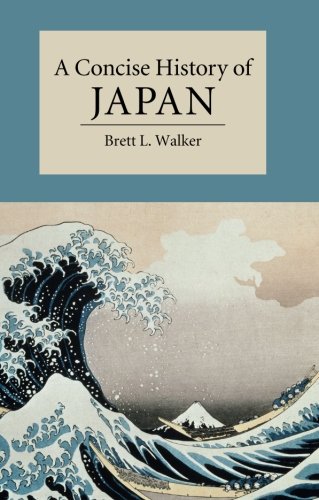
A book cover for A Concise History of Japan (Cambridge Concise Histories); Brett L. Walker; History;